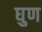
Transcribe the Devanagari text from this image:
घुण